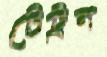
টেট্রন